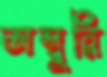
অম্বুরি